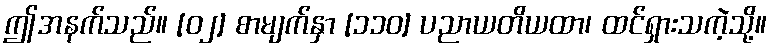
ဤအနက်သည်။ [၀၂] စာမျက်နှာ [၁၁၀] ပညာယတိယထာ၊ ထင်ရှားသကဲ့သို့။